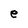
Character: e